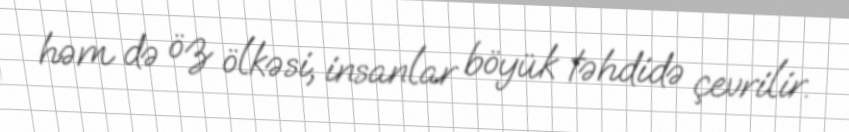
həm də öz ölkəsi, insanlar böyük təhdidə çevrilir.